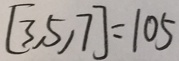
[ 3 , 5 , 7 ] = 1 0 5